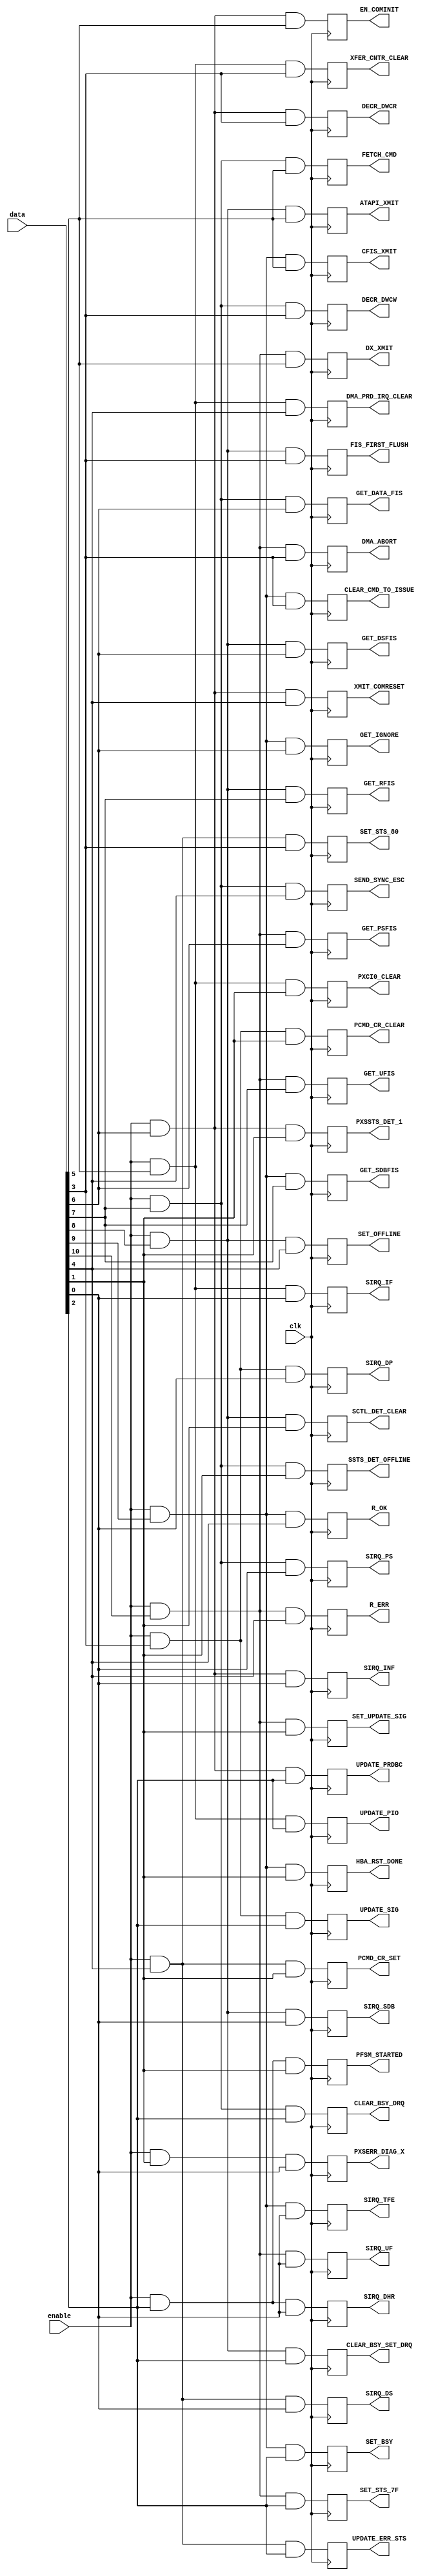
// This program was cloned from: https://github.com/Elphel/x393
// License: GNU General Public License v3.0

/*!
 * <b>Module:</b>action_decoder
 * @file   action_decoder.v 
 * @date   2016-12-08  
 * @author auto-generated file, see ahci_fsm_sequence.py
 * @brief  Decode sequencer code to 1-hot actions
 */

`timescale 1ns/1ps

module action_decoder (
    input        clk,
    input        enable,
    input [10:0] data,
    output reg   PXSERR_DIAG_X,
    output reg   SIRQ_DHR,
    output reg   SIRQ_DP,
    output reg   SIRQ_DS,
    output reg   SIRQ_IF,
    output reg   SIRQ_INF,
    output reg   SIRQ_PS,
    output reg   SIRQ_SDB,
    output reg   SIRQ_TFE,
    output reg   SIRQ_UF,
    output reg   PFSM_STARTED,
    output reg   PCMD_CR_CLEAR,
    output reg   PCMD_CR_SET,
    output reg   PXCI0_CLEAR,
    output reg   PXSSTS_DET_1,
    output reg   SSTS_DET_OFFLINE,
    output reg   SCTL_DET_CLEAR,
    output reg   HBA_RST_DONE,
    output reg   SET_UPDATE_SIG,
    output reg   UPDATE_SIG,
    output reg   UPDATE_ERR_STS,
    output reg   UPDATE_PIO,
    output reg   UPDATE_PRDBC,
    output reg   CLEAR_BSY_DRQ,
    output reg   CLEAR_BSY_SET_DRQ,
    output reg   SET_BSY,
    output reg   SET_STS_7F,
    output reg   SET_STS_80,
    output reg   XFER_CNTR_CLEAR,
    output reg   DECR_DWCR,
    output reg   DECR_DWCW,
    output reg   FIS_FIRST_FLUSH,
    output reg   CLEAR_CMD_TO_ISSUE,
    output reg   DMA_ABORT,
    output reg   DMA_PRD_IRQ_CLEAR,
    output reg   XMIT_COMRESET,
    output reg   SEND_SYNC_ESC,
    output reg   SET_OFFLINE,
    output reg   R_OK,
    output reg   R_ERR,
    output reg   EN_COMINIT,
    output reg   FETCH_CMD,
    output reg   ATAPI_XMIT,
    output reg   CFIS_XMIT,
    output reg   DX_XMIT,
    output reg   GET_DATA_FIS,
    output reg   GET_DSFIS,
    output reg   GET_IGNORE,
    output reg   GET_PSFIS,
    output reg   GET_RFIS,
    output reg   GET_SDBFIS,
    output reg   GET_UFIS);

    always @(posedge clk) begin
        PXSERR_DIAG_X <=      enable && data[ 1] && data[ 0];
        SIRQ_DHR <=           enable && data[ 2] && data[ 0];
        SIRQ_DP <=            enable && data[ 3] && data[ 0];
        SIRQ_DS <=            enable && data[ 4] && data[ 0];
        SIRQ_IF <=            enable && data[ 5] && data[ 0];
        SIRQ_INF <=           enable && data[ 6] && data[ 0];
        SIRQ_PS <=            enable && data[ 7] && data[ 0];
        SIRQ_SDB <=           enable && data[ 8] && data[ 0];
        SIRQ_TFE <=           enable && data[ 9] && data[ 0];
        SIRQ_UF <=            enable && data[10] && data[ 0];
        PFSM_STARTED <=       enable && data[ 2] && data[ 1];
        PCMD_CR_CLEAR <=      enable && data[ 3] && data[ 1];
        PCMD_CR_SET <=        enable && data[ 4] && data[ 1];
        PXCI0_CLEAR <=        enable && data[ 5] && data[ 1];
        PXSSTS_DET_1 <=       enable && data[ 6] && data[ 1];
        SSTS_DET_OFFLINE <=   enable && data[ 7] && data[ 1];
        SCTL_DET_CLEAR <=     enable && data[ 8] && data[ 1];
        HBA_RST_DONE <=       enable && data[ 9] && data[ 1];
        SET_UPDATE_SIG <=     enable && data[10] && data[ 1];
        UPDATE_SIG <=         enable && data[ 3] && data[ 2];
        UPDATE_ERR_STS <=     enable && data[ 4] && data[ 2];
        UPDATE_PIO <=         enable && data[ 5] && data[ 2];
        UPDATE_PRDBC <=       enable && data[ 6] && data[ 2];
        CLEAR_BSY_DRQ <=      enable && data[ 7] && data[ 2];
        CLEAR_BSY_SET_DRQ <=  enable && data[ 8] && data[ 2];
        SET_BSY <=            enable && data[ 9] && data[ 2];
        SET_STS_7F <=         enable && data[10] && data[ 2];
        SET_STS_80 <=         enable && data[ 4] && data[ 3];
        XFER_CNTR_CLEAR <=    enable && data[ 5] && data[ 3];
        DECR_DWCR <=          enable && data[ 6] && data[ 3];
        DECR_DWCW <=          enable && data[ 7] && data[ 3];
        FIS_FIRST_FLUSH <=    enable && data[ 8] && data[ 3];
        CLEAR_CMD_TO_ISSUE <= enable && data[ 9] && data[ 3];
        DMA_ABORT <=          enable && data[10] && data[ 3];
        DMA_PRD_IRQ_CLEAR <=  enable && data[ 5] && data[ 4];
        XMIT_COMRESET <=      enable && data[ 6] && data[ 4];
        SEND_SYNC_ESC <=      enable && data[ 7] && data[ 4];
        SET_OFFLINE <=        enable && data[ 8] && data[ 4];
        R_OK <=               enable && data[ 9] && data[ 4];
        R_ERR <=              enable && data[10] && data[ 4];
        EN_COMINIT <=         enable && data[ 6] && data[ 5];
        FETCH_CMD <=          enable && data[ 7] && data[ 5];
        ATAPI_XMIT <=         enable && data[ 8] && data[ 5];
        CFIS_XMIT <=          enable && data[ 9] && data[ 5];
        DX_XMIT <=            enable && data[10] && data[ 5];
        GET_DATA_FIS <=       enable && data[ 7] && data[ 6];
        GET_DSFIS <=          enable && data[ 8] && data[ 6];
        GET_IGNORE <=         enable && data[ 9] && data[ 6];
        GET_PSFIS <=          enable && data[10] && data[ 6];
        GET_RFIS <=           enable && data[ 8] && data[ 7];
        GET_SDBFIS <=         enable && data[ 9] && data[ 7];
        GET_UFIS <=           enable && data[10] && data[ 7];
    end
endmodule